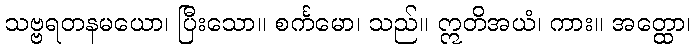
သဗ္ဗရတနမယော၊ ပြီးသော။ စင်္ကမော၊ သည်။ ဣတိအယံ၊ ကား။ အတ္ထော၊